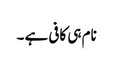
نام ہی کافی ہے ۔